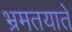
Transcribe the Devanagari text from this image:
भ्रमतयाते